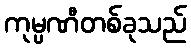
ကုမ္ပဏီတစ်ခုသည်